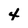
Character: 4